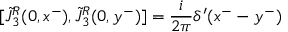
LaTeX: [ \tilde { J } { ^ { R } _ { 3 } } ( 0 , x ^ { - } ) , \tilde { J } { ^ { R } _ { 3 } } ( 0 , y ^ { - } ) ] = { \frac { i } { 2 \pi } } \delta ^ { \prime } ( x ^ { - } - y ^ { - } )